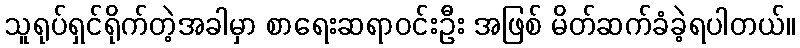
သူရုပ်ရှင်ရိုက်တဲ့အခါမှာ စာရေးဆရာဝင်းဦး အဖြစ် မိတ်ဆက်ခံခဲ့ရပါတယ်။